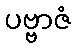
ပဗ္ဗာဇံ